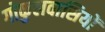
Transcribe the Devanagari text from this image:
गोकुलवासियों